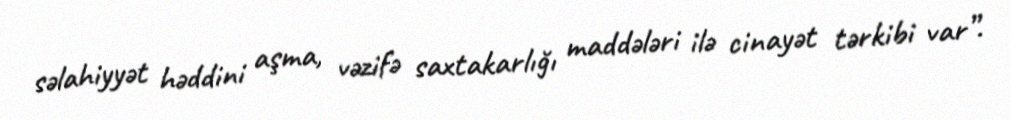
səlahiyyət həddini aşma, vəzifə saxtakarlığı maddələri ilə cinayət tərkibi var”.